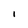
Character: l